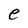
Character: e